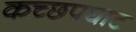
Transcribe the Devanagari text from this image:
कच्छपघाट